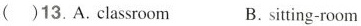
( )13. A. classroom B. sitting-room